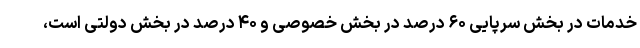
خدمات در بخش سرپایی ۶۰ درصد در بخش خصوصی و ۴۰ درصد در بخش دولتی است،